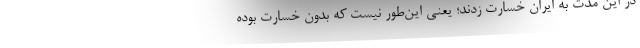
در این مدت به ایران خسارت زدند؛ یعنی این‌طور نیست که بدون خسارت بوده